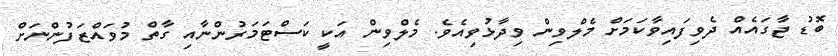
ބޮޑު ޖާގައެއް ދެވިފައިވާކަަމަށް މެލްވިން ވިދާޅުވިއެވެ. މެލްވިން އަކީ ކަސްޓަމަރުންނާއި ގާތް މުވައްޒަފުންނަށް